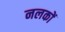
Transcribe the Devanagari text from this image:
नलकों